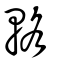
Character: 輅